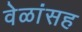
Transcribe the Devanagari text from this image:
वेळांसह